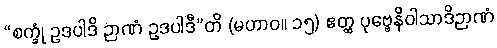
“စက္ခုံ ဥဒပါဒိ ဉာဏံ ဥဒပါဒီ”တိ (မဟာဝ။ ၁၅) ဧတ္ထ ပုဗ္ဗေနိဝါသာဒိဉာဏံ